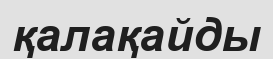
қалақайды